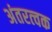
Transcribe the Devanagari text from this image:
अंतरत्‍वक